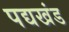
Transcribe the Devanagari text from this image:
पद्यखंड